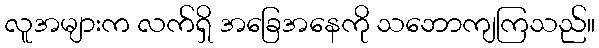
လူအများက လက်ရှိ အခြေအနေကို သဘောကျကြသည်။